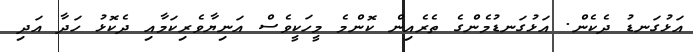
އަޅުގަނޑު ދެކެން. އަޅުގަނޑުމެންގެ ތެރެއިން ކޮންމެ މީހަކީވެސް އަނިޔާވެރިކަމާއި ދެކޮޅު ހަދާ އަދި